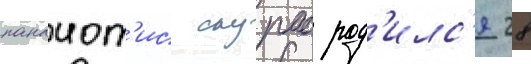
панаиот'ис скурас род'илс'я 28